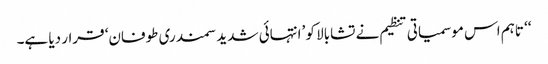
‘‘ تاہم اس موسمیاتی تنظیم نے تشابالا کو ’انتہائی شدید سمندری طوفان‘ قرار دیا ہے۔